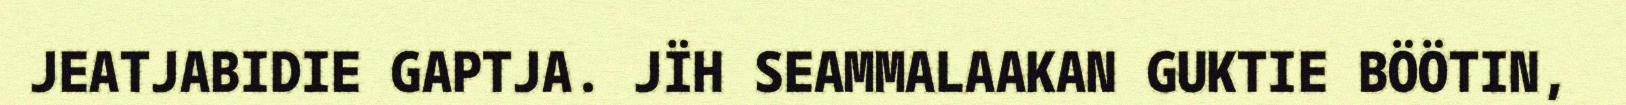
JEATJABIDIE GAPTJA. JÏH SEAMMALAAKAN GUKTIE BÖÖTIN,